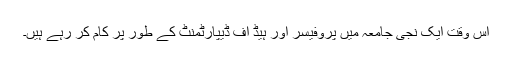
اس وقت ایک نجی جامعہ میں پروفیسر اور ہیڈ آف ڈیپارٹمنٹ کے طور پر کام کر رہے ہیں۔